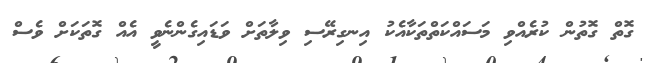
ގޮތް ގޮތުން ކުރެއްވި މަސައްކަތްތަކާއެކު އިނގިރޭސި ވިލާތަށް ވަޑައިގެންނެވީ އެއް ގޮތަކަށް ވެސް